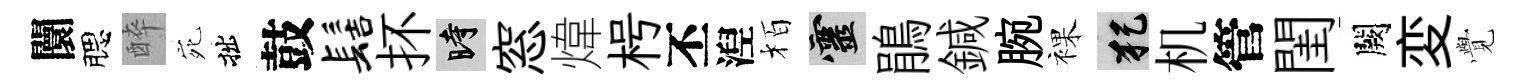
闤腮醉宛拙鼓髻抔时窓煒枵丕湼栢靈鵑鍼腕裸犯机管閨闕変𮗜